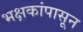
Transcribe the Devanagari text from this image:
भक्षकांपासून